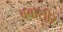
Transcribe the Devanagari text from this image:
वबासीर